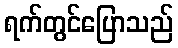
ရက်တွင်ပြောသည်